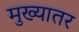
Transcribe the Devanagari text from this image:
मुख्यातर